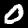
Digit: 0